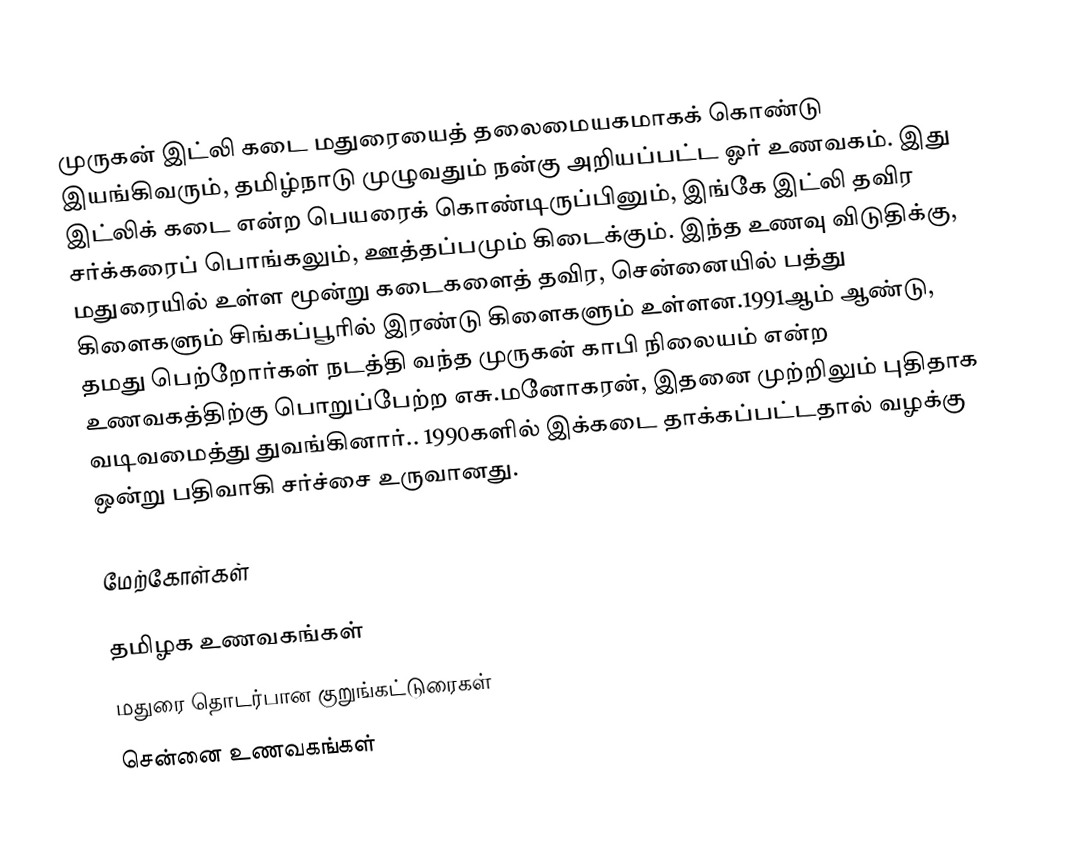
முருகன் இட்லி கடை மதுரையைத் தலைமையகமாகக் கொண்டு இயங்கிவரும், தமிழ்நாடு முழுவதும் நன்கு அறியப்பட்ட ஓர் உணவகம். இது இட்லிக் கடை என்ற பெயரைக் கொண்டிருப்பினும், இங்கே இட்லி தவிர சர்க்கரைப் பொங்கலும், ஊத்தப்பமும் கிடைக்கும். இந்த உணவு விடுதிக்கு, மதுரையில் உள்ள மூன்று கடைகளைத் தவிர,  சென்னையில் பத்து கிளைகளும் சிங்கப்பூரில் இரண்டு கிளைகளும் உள்ளன.1991ஆம் ஆண்டு,  தமது பெற்றோர்கள் நடத்தி வந்த முருகன் காபி நிலையம் என்ற உணவகத்திற்கு பொறுப்பேற்ற எசு.மனோகரன், இதனை முற்றிலும் புதிதாக வடிவமைத்து துவங்கினார்.. 1990களில் இக்கடை தாக்கப்பட்டதால் வழக்கு ஒன்று பதிவாகி சர்ச்சை உருவானது.

மேற்கோள்கள்

தமிழக உணவகங்கள்
மதுரை தொடர்பான குறுங்கட்டுரைகள்
சென்னை உணவகங்கள்